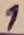
Text: 1